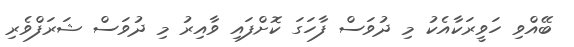
ބޭއްވި ހަވީރަކާއެކު މި ދުވަސް ފާހަގަ ކޮށްފައި ވާއިރު މި ދުވަސް ޝަރަފްވެރި